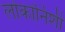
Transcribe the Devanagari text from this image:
लोकांनिशी